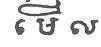
មើល